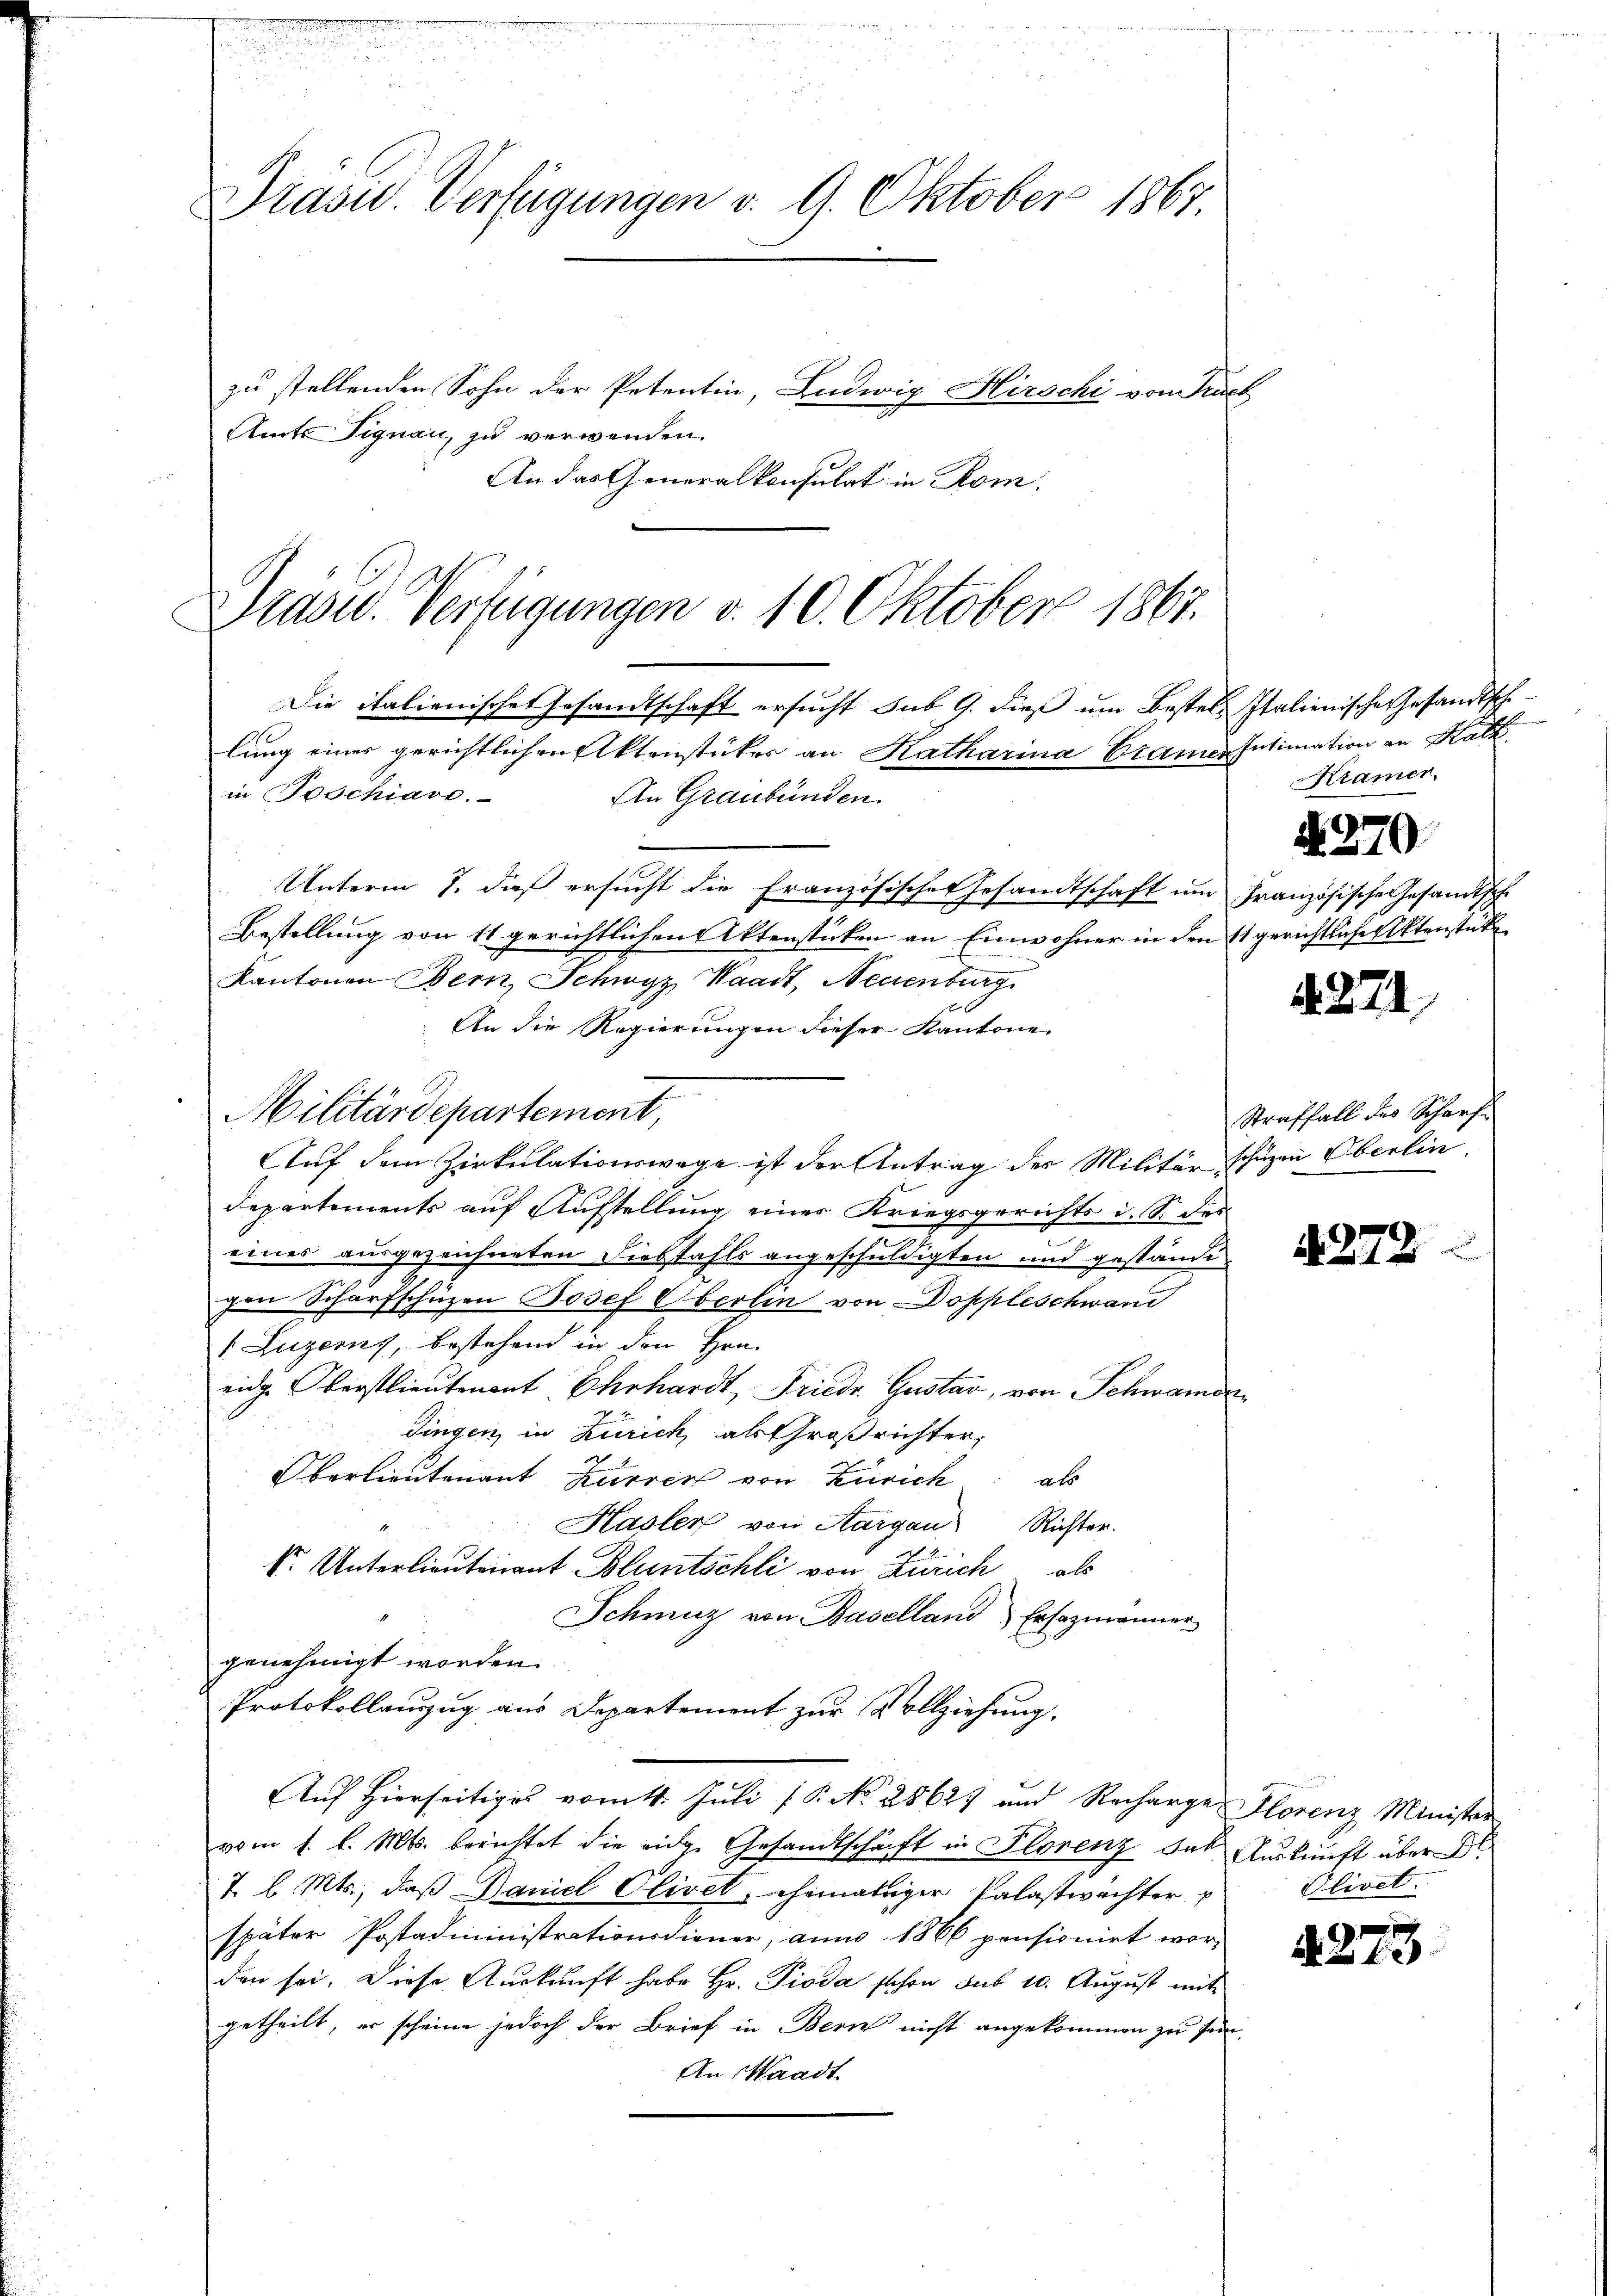
Präsid.. Verfügungen v. 9. Oktober 1867.
zu stellenden Sohn der Petentin, Ludwig Hirschi von Frisch
Amts Tignau, zu verwenden.
An das Generalkonsulat in Rom.

Wrasu. Verfügungen v. 10. Oktober 1867.
Die italienische Gesandtschaft ersucht sub. 9. dieß um Bestel- Italienische Gesandtsche

lung eines gerichtlichen Aktenstückes an Katharina Cramen Intimation an Kalk
in Toschiave.
An Graubünden
Unterm 7. dieß ersucht die Französisches Gesandtschaft um Französische Gesandtsche
Bestellung von 11 gerichtlichen Aktenstücken an Einwohner in den 11 gerichtliche Aktenstücke
Kantonen Bern, Schwyz Waadt, Neuenburg
An die Regierungen dieser Kantone
Militärdepartement,
Auf dem Zirkulationswege ist der Antrag der Militär schüzen Oberlin.
Departements auf Aufstellung einer Kriegsgerichts i. S. des
eines ausgezeichneten Diebstahls angeschuldigten und gestände
gen Scharfschüzen Josef Oberlin von Doppleschwand
 Luzerny, bestehend in den Han-
eide Oberstlieutenant Ehrhardt, Friedr. Gustav, von Schwamen
dingen, in Zürich, als Großrichter,
Oberlieutenant Kurrer von Zürich
als
Hasler von Aargau Richter.
F. Unterlieutenant Bluntschli von Zürich als
Schmuz von Baselland Ersazmänner
genehmigt worden.
Protokollauszug aus Departement zur Vollziehung.
Auf Hierseitiges vom 1. Juli (P. No. 28627 und Recharge Florenz Minister
vom 1. d. Mts. berichtet die eiden Gesandtschäft in Florenz des Auskunft über Bl.
7 l. Mts., daß Daniel Olivet, ehematiger Palastwächter u
später Postadministrationsdiener, anno 1866 pensionirt worden sei. Diese Auskunft habe Hr. Pioda schon sub 10. August mit
getheilt, er scheine jedoch der Brief in Bern nicht angekommen zu sein,
An Waadt

Kramen.

N. 270.

4271

Straffall des Scharf¬

A 272

Olivet.

4273